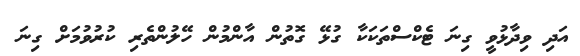
އަދި ވިދާޅުވީ ގިނަ ޓެކްސްތަކަކާ ގުޅޭ ގޮތުން އާންމުން ހޭލުންތެރި ކުރުވުމަށް ގިނަ